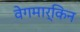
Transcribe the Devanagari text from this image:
वेगमार्किन